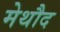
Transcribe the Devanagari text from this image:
मेथौद